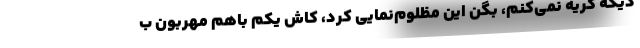
دیگه گریه نمی‌کنم، بگن این مظلوم‌نمایی کرد، کاش یکم باهم مهربون ب